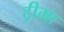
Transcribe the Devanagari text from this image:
ट्रीमा